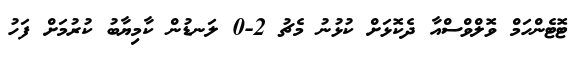
ޓޮޓެންހަމް ވޮލްވްސްއާ ދެކޮޅަށް ކުޅުނު މެޗު 2-0 ލަނޑުން ކާމިޔާބު ކުރުމަށް ފަހު